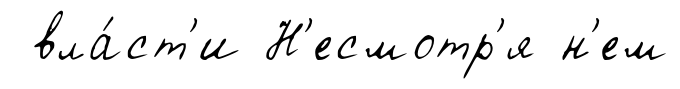
вла́ст'и Н'есмотр'я н'ем